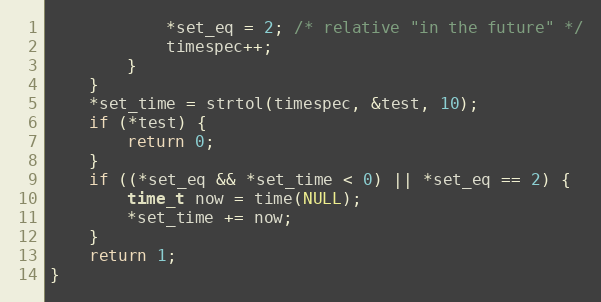
Language: C
			*set_eq = 2; /* relative "in the future" */
			timespec++;
		}
	}
	*set_time = strtol(timespec, &test, 10);
	if (*test) {
		return 0;
	}
	if ((*set_eq && *set_time < 0) || *set_eq == 2) {
		time_t now = time(NULL);
		*set_time += now;
	}
	return 1;
}